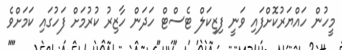
މީހުން ހައްޔަރުކޮށްފައި ވަނީ ފިޒިކަލް ޓެސްޓް ހަދަން ހާޒިރު ކުރުމަށް ފަހުގައި ކަމަށްވެ